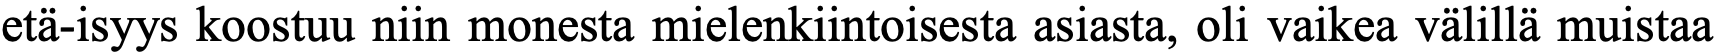
etä-isyys koostuu niin monesta mielenkiintoisesta asiasta, oli vaikea välillä muistaa